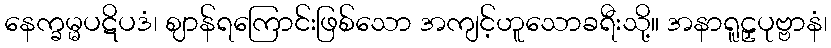
နေက္ခမ္မပဋိပဒံ၊ ဈာန်ရကြောင်းဖြစ်သော အကျင့်ဟူသောခရီးသို့။ အနာရူဠှပုဗ္ဗာနံ၊